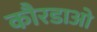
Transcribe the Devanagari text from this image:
कौरडाओ